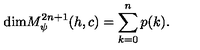
\mathrm { d i m } M _ { \psi } ^ { 2 n + 1 } ( h , c ) = \sum _ { k = 0 } ^ { n } p ( k ) .